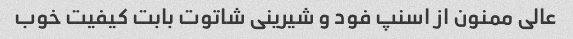
عالی ممنون از اسنپ فود و شیرینی شاتوت بابت کیفیت خوب